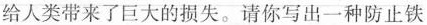
给人类带来了巨大的损失。请你写出一种防止铁